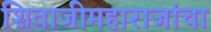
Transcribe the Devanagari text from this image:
शिवाजीमहाराजांचा